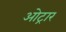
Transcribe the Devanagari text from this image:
ओट्रार